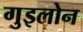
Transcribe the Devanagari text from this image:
गुइलोन